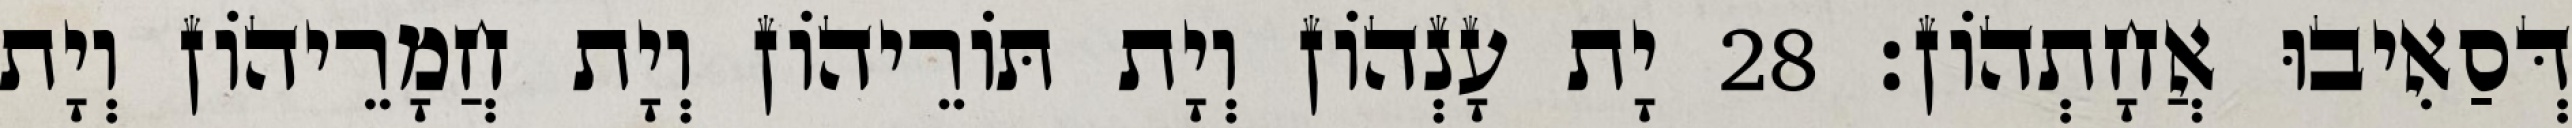
דְּסַאִיבוּ אֲחָתְהוֹן׃ 28 יָת עָנְהוֹן וְיָת תּוֹרֵיהוֹן וְיָת חֲמָרֵיהוֹן וְיָת